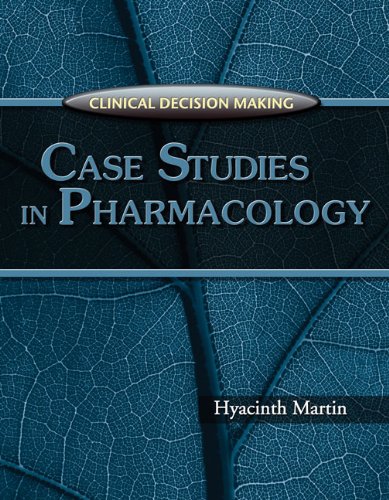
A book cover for Clinical Decision Making: Case Studies in Pharmacology; Hyacinth C. Martin; Medical Books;